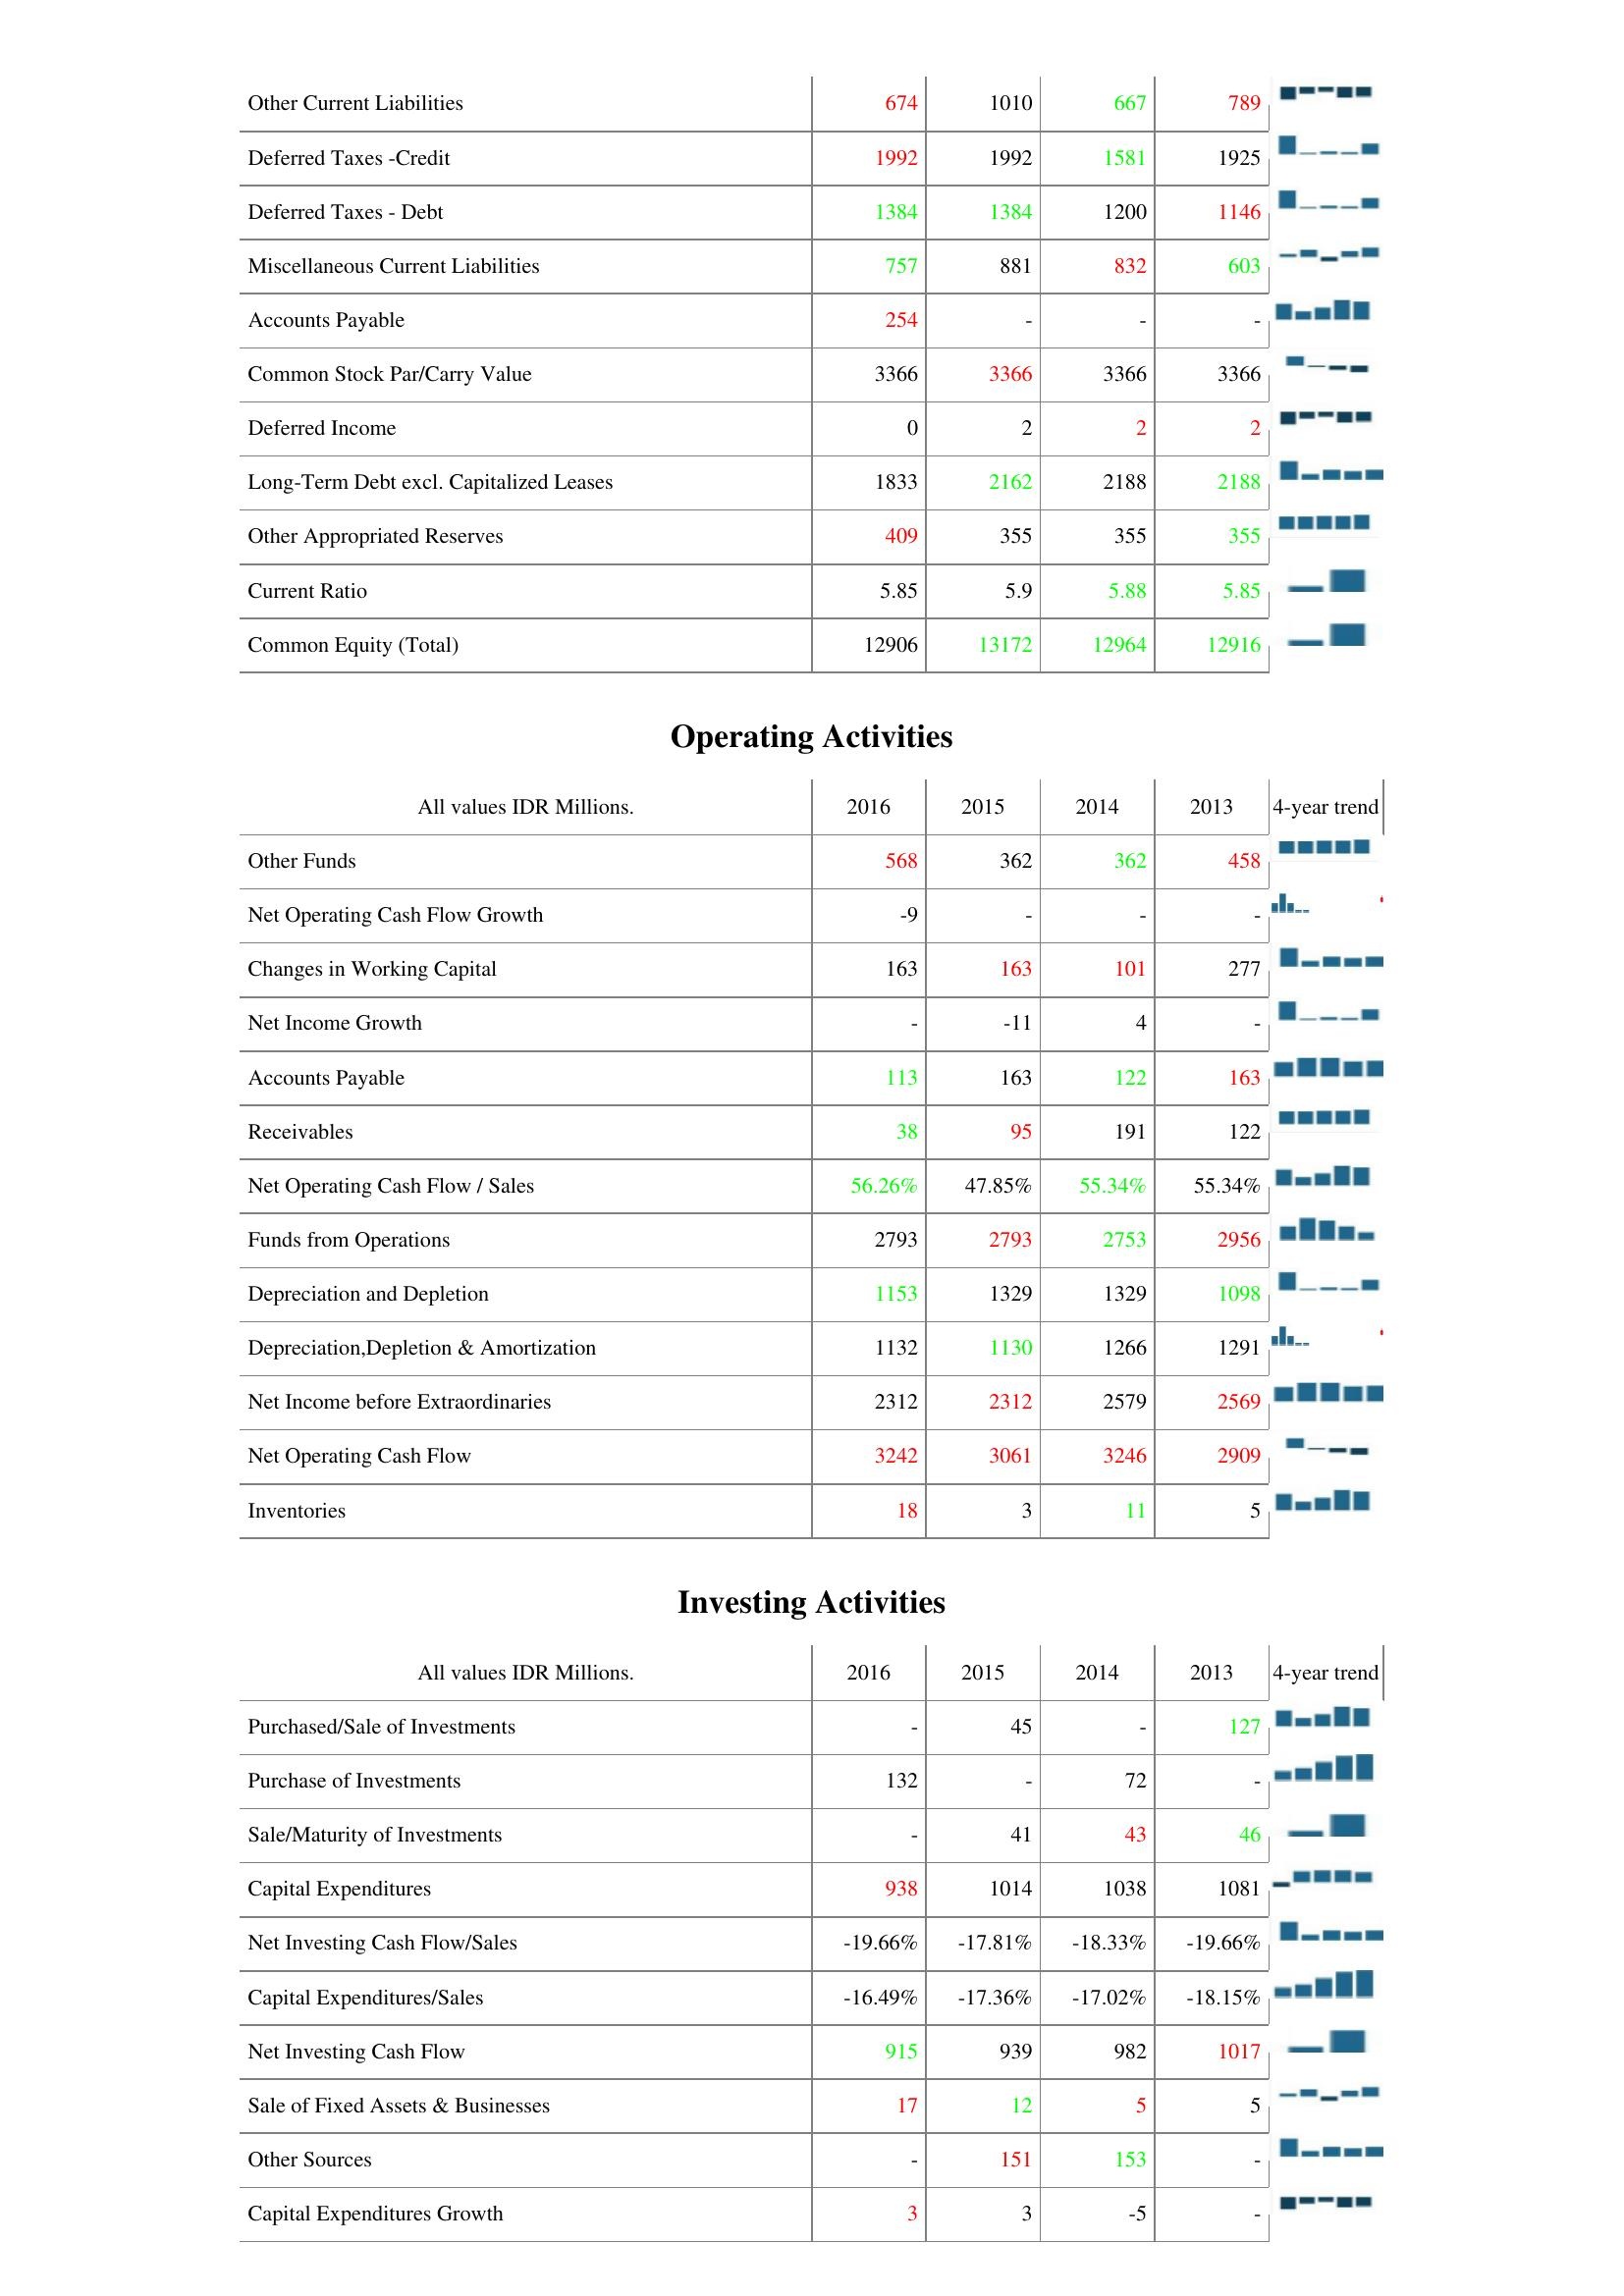
2016: Liabilities & Shareholder's Equity: Other Current Liabilities: 674
Deferred Taxes -Credit: 1992
Deferred Taxes - Debt: 1384
Miscellaneous Current Liabilities: 757
Accounts Payable: 254
Common Stock Par/Carry Value: 3366
Deferred Income: 0
Long-Term Debt excl. Capitalized Leases: 1833
Other Appropriated Reserves: 409
Current Ratio: 5.85
Common Equity (Total): 12906
Operating Activities: Other Funds: 568
Net Operating Cash Flow Growth: -9
Changes in Working Capital: 163
Net Income Growth: -
Accounts Payable: 113
Receivables: 38
Net Operating Cash Flow / Sales: 56.26%
Funds from Operations: 2793
Depreciation and Depletion: 1153
Depreciation,Depletion & Amortization: 1132
Net Income before Extraordinaries: 2312
Net Operating Cash Flow: 3242
Inventories: 18
Investing Activities: Purchased/Sale of Investments: -
Purchase of Investments: 132
Sale/Maturity of Investments: -
Capital Expenditures: 938
Net Investing Cash Flow/Sales: -19.66%
Capital Expenditures/Sales: -16.49%
Net Investing Cash Flow: 915
Sale of Fixed Assets & Businesses: 17
Other Sources: -
Capital Expenditures Growth: 3
2015: Liabilities & Shareholder's Equity: Other Current Liabilities: 1010
Deferred Taxes -Credit: 1992
Deferred Taxes - Debt: 1384
Miscellaneous Current Liabilities: 881
Accounts Payable: -
Common Stock Par/Carry Value: 3366
Deferred Income: 2
Long-Term Debt excl. Capitalized Leases: 2162
Other Appropriated Reserves: 355
Current Ratio: 5.9
Common Equity (Total): 13172
Operating Activities: Other Funds: 362
Net Operating Cash Flow Growth: -
Changes in Working Capital: 163
Net Income Growth: -11
Accounts Payable: 163
Receivables: 95
Net Operating Cash Flow / Sales: 47.85%
Funds from Operations: 2793
Depreciation and Depletion: 1329
Depreciation,Depletion & Amortization: 1130
Net Income before Extraordinaries: 2312
Net Operating Cash Flow: 3061
Inventories: 3
Investing Activities: Purchased/Sale of Investments: 45
Purchase of Investments: -
Sale/Maturity of Investments: 41
Capital Expenditures: 1014
Net Investing Cash Flow/Sales: -17.81%
Capital Expenditures/Sales: -17.36%
Net Investing Cash Flow: 939
Sale of Fixed Assets & Businesses: 12
Other Sources: 151
Capital Expenditures Growth: 3
2014: Liabilities & Shareholder's Equity: Other Current Liabilities: 667
Deferred Taxes -Credit: 1581
Deferred Taxes - Debt: 1200
Miscellaneous Current Liabilities: 832
Accounts Payable: -
Common Stock Par/Carry Value: 3366
Deferred Income: 2
Long-Term Debt excl. Capitalized Leases: 2188
Other Appropriated Reserves: 355
Current Ratio: 5.88
Common Equity (Total): 12964
Operating Activities: Other Funds: 362
Net Operating Cash Flow Growth: -
Changes in Working Capital: 101
Net Income Growth: 4
Accounts Payable: 122
Receivables: 191
Net Operating Cash Flow / Sales: 55.34%
Funds from Operations: 2753
Depreciation and Depletion: 1329
Depreciation,Depletion & Amortization: 1266
Net Income before Extraordinaries: 2579
Net Operating Cash Flow: 3246
Inventories: 11
Investing Activities: Purchased/Sale of Investments: -
Purchase of Investments: 72
Sale/Maturity of Investments: 43
Capital Expenditures: 1038
Net Investing Cash Flow/Sales: -18.33%
Capital Expenditures/Sales: -17.02%
Net Investing Cash Flow: 982
Sale of Fixed Assets & Businesses: 5
Other Sources: 153
Capital Expenditures Growth: -5
2013: Liabilities & Shareholder's Equity: Other Current Liabilities: 789
Deferred Taxes -Credit: 1925
Deferred Taxes - Debt: 1146
Miscellaneous Current Liabilities: 603
Accounts Payable: -
Common Stock Par/Carry Value: 3366
Deferred Income: 2
Long-Term Debt excl. Capitalized Leases: 2188
Other Appropriated Reserves: 355
Current Ratio: 5.85
Common Equity (Total): 12916
Operating Activities: Other Funds: 458
Net Operating Cash Flow Growth: -
Changes in Working Capital: 277
Net Income Growth: -
Accounts Payable: 163
Receivables: 122
Net Operating Cash Flow / Sales: 55.34%
Funds from Operations: 2956
Depreciation and Depletion: 1098
Depreciation,Depletion & Amortization: 1291
Net Income before Extraordinaries: 2569
Net Operating Cash Flow: 2909
Inventories: 5
Investing Activities: Purchased/Sale of Investments: 127
Purchase of Investments: -
Sale/Maturity of Investments: 46
Capital Expenditures: 1081
Net Investing Cash Flow/Sales: -19.66%
Capital Expenditures/Sales: -18.15%
Net Investing Cash Flow: 1017
Sale of Fixed Assets & Businesses: 5
Other Sources: -
Capital Expenditures Growth: -